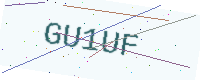
Text: GU1UF